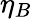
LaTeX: \eta_{B}